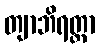
တျာဘိရတ္တာ